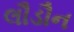
લૌડૌન